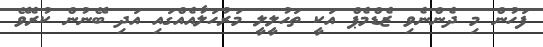
ފަހުން މި ދެންނެވި ޒެޑްމެޕް އަކީ ތަހުލީލީ މަރުހަލާއެއްގައި އަދި ބޭނުން ކުރެވޭ